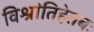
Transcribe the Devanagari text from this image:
विश्रांतिहेतबः